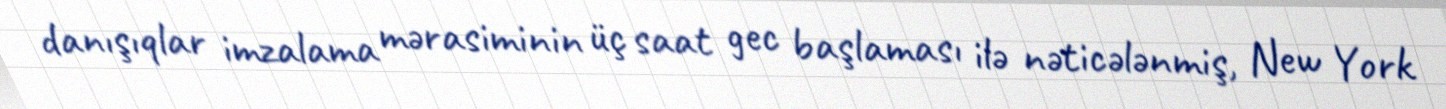
danışıqlar imzalama mərasiminin üç saat gec başlaması ilə nəticələnmiş, New York